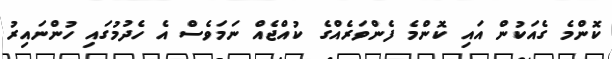
ކޮންމެ ގެއަކުން އައި ކޮންމެ ފެންވަރެއްގެ ކުއްޖެއް ނަމަވެސް އެ ހެދުމުގައި ހުންނައިރު